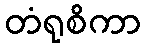
တံရုစိကာ